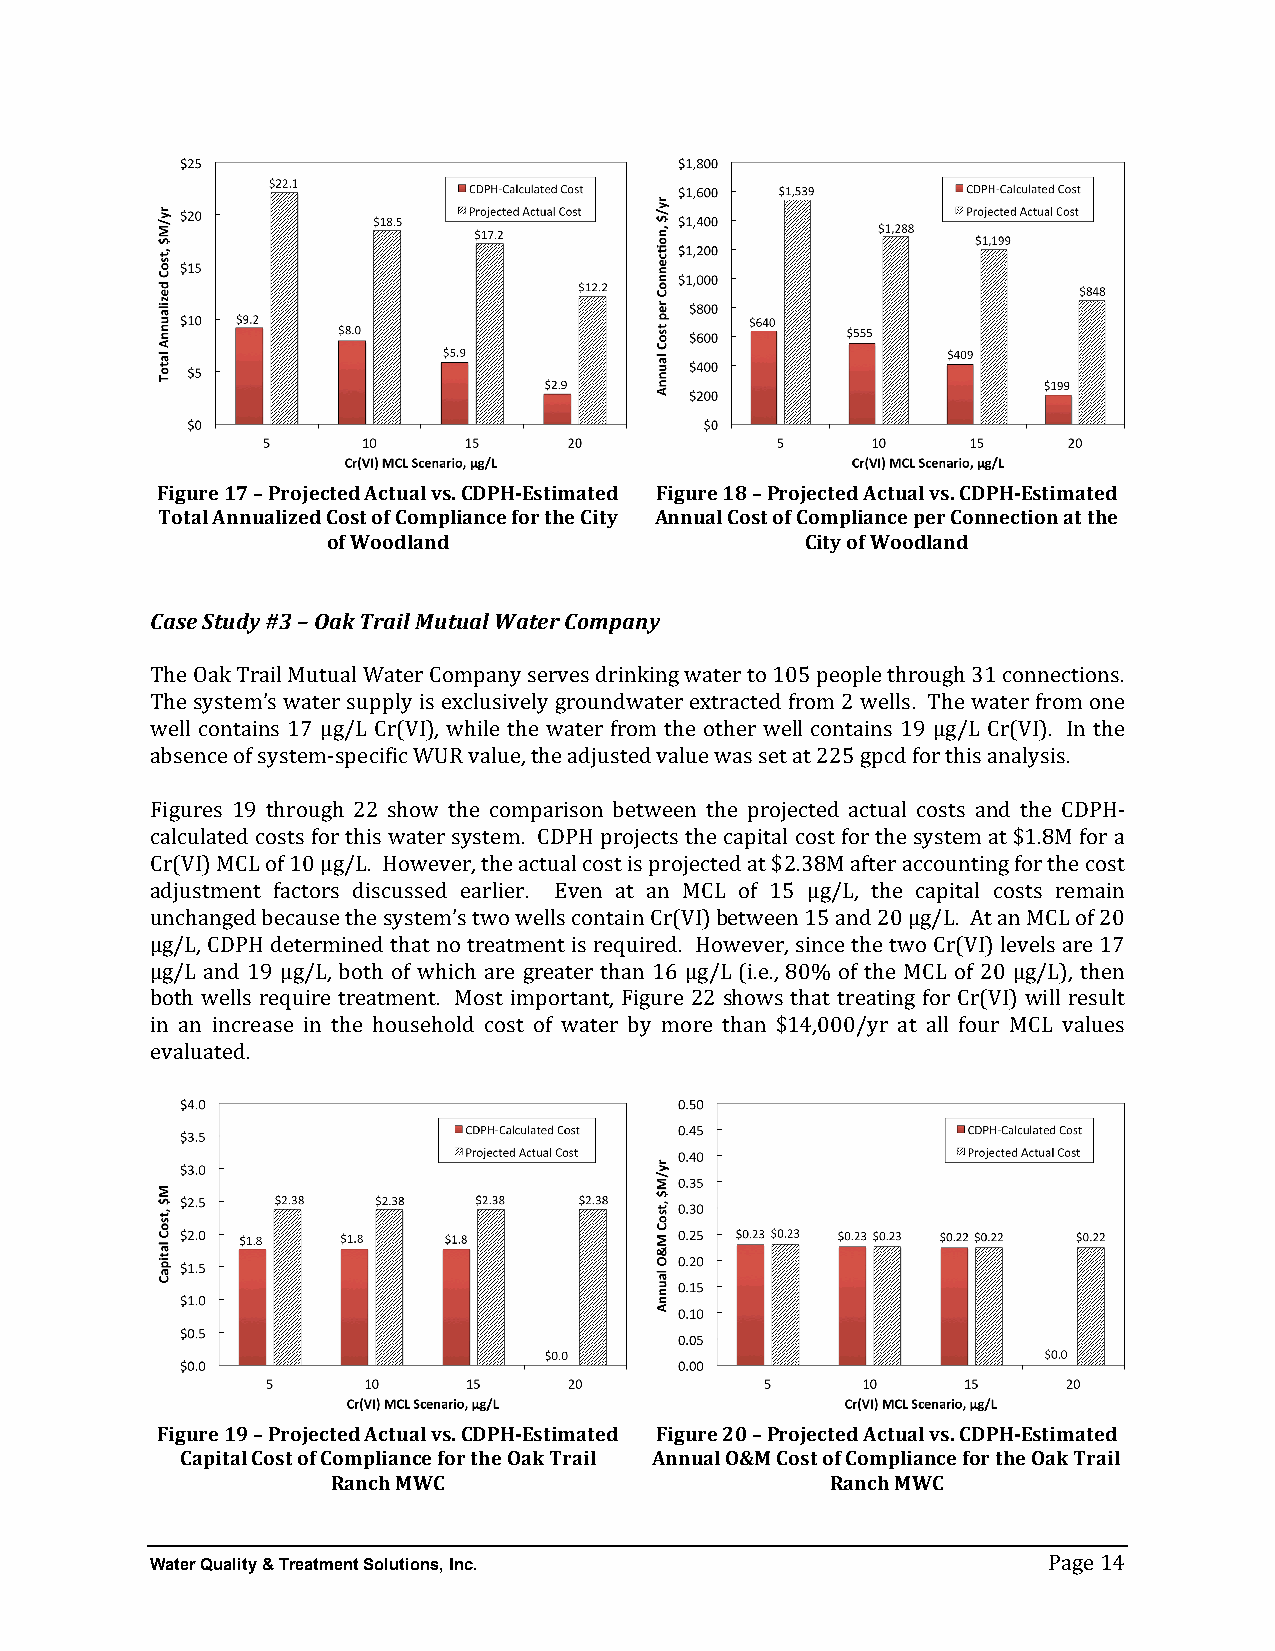
Figure 17 – Projected Actual vs. CDPH-­‐Estimated Figure 18 – Projected Actual vs. CDPH-­‐Estimated
 Total Annualized Cost of Compliance for the City Annual Cost of Compliance per Connection at the
 of Woodland                    City of Woodland
 Case Study #3 – Oak Trail Mutual Water Company
 The Oak Trail Mutual Water Company serves drinking water to 105 people through 31 connections.
 The system’s water supply is exclusively groundwater extracted from 2 wells. The water from one
 well contains 17 µg/L Cr(VI), while the water from the other well contains 19 µg/L Cr(VI). In the
 absence of system-­‐specific WUR value, the adjusted value was set at 225 gpcd for this analysis.
 Figures 19 through 22 show the comparison between the projected actual costs and the CDPH-­‐
 calculated costs for this water system. CDPH projects the capital cost for the system at $1.8M for a
 Cr(VI) MCL of 10 µg/L. However, the actual cost is projected at $2.38M after accounting for the cost
 adjustment factors discussed earlier. Even at an MCL of 15 µg/L, the capital costs remain
 unchanged because the system’s two wells contain Cr(VI) between 15 and 20 µg/L. At an MCL of 20
 µg/L, CDPH determined that no treatment is required. However, since the two Cr(VI) levels are 17
 µg/L and 19 µg/L, both of which are greater than 16 µg/L (i.e., 80% of the MCL of 20 µg/L), then
 both wells require treatment. Most important, Figure 22 shows that treating for Cr(VI) will result
 in an increase in the household cost of water by more than $14,000/yr at all four MCL values
 evaluated.
 Figure 19 – Projected Actual vs. CDPH-­‐Estimated Figure 20 – Projected Actual vs. CDPH-­‐Estimated
 Capital Cost of Compliance for the Oak Trail Annual O&M Cost of Compliance for the Oak Trail
 Ranch MWC                        Ranch MWC
 Water Quality & Treatment Solutions, Inc.
 Page 14